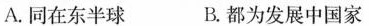
A.同在东半球 B.都为发展中国家